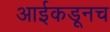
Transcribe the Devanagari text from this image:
आईकडूनच